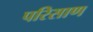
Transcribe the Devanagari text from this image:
परिसाण